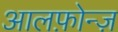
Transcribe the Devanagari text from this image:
आलफ़ोन्ज़